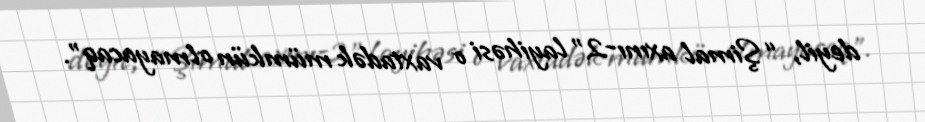
deyil, “Şimal axını-2” layihəsi o vaxtadək mümkün olmayacaq”.